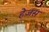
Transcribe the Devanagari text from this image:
हेजस